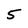
Character: 5